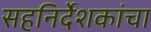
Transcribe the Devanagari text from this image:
सहनिर्देशकांचा